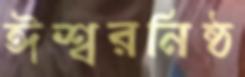
ঈশ্বরনিষ্ঠ